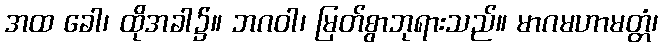
အထ ခေါ၊ ထိုအခါ၌။ ဘဂဝါ၊ မြတ်စွာဘုရားသည်။ မာဂမဟာမတ္တံ၊